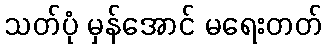
သတ်ပုံ မှန်အောင် မရေးတတ်